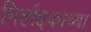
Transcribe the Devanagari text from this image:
गिर्हाइकाच्या